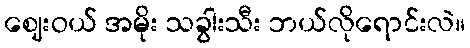
ဈေးဝယ် အမိုး သခွါးသီး ဘယ်လိုရောင်းလဲ။